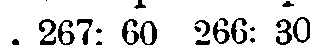
. 267: 60 266: 30